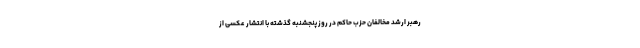
رهبر ارشد مخالفان حزب حاکم در روز پنجشنبه گذشته با انتشار عکسی از